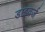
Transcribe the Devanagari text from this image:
डाइवर्ज